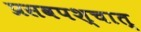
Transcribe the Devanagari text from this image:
प्रसवपश्चात्